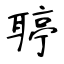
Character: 聤